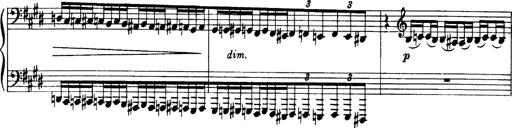
Title: OuvertÃ¼re zu TannhÃ¤user
Composer: Franz Liszt